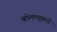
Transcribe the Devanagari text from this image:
व्होलाप्युकची